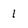
Character: l